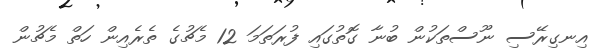
އިނގިރޭސި ނޫސްތަކުން ބުނާ ގޮތުގައި ފުރަތަމަ 12 މެޗުގެ ތެރެއިން ހަތް މެޗުން